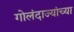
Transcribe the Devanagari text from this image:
गोलंदाज्यांच्या